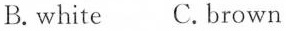
B.white C.brown